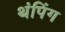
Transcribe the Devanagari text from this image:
थंपिंग